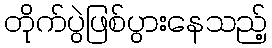
တိုက်ပွဲဖြစ်ပွားနေသည့်